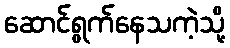
ဆောင်ရွက်နေသကဲ့သို့